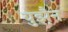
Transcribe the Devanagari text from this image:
युझ़ैन